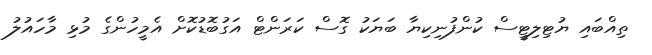
ތިއްބައި ޔުޓިލިޓީސް ކުންފުނިކިޔާ ބަޔަކު ގޮސް ކަރަންޓް އަގުބޮޑުކޮށް އެމީހުންގެ މުޅި މާހައުލު